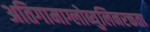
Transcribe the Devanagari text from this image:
अतिगामाग्लोब्युलिनरक्तता